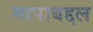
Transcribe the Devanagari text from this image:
मापाबद्दल